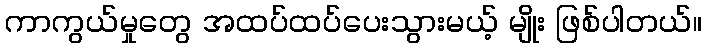
ကာကွယ်မှုတွေ အထပ်ထပ်ပေးသွားမယ့် မျိုး ဖြစ်ပါတယ်။